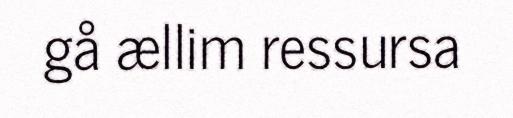
gå ællim ressursa